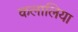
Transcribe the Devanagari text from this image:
कलालिया